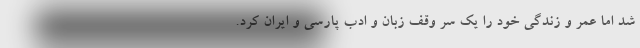
شد اما عمر و زندگی خود را یک سر وقف زبان و ادب پارسی و ایران کرد.